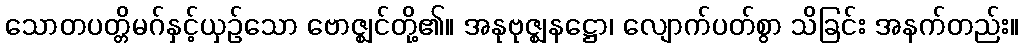
သောတပတ္တိမဂ်နှင့်ယှဉ်သော ဗောဇ္ဈင်တို့၏။ အနုဗုဇ္ဈနဋ္ဌော၊ လျောက်ပတ်စွာ သိခြင်း အနက်တည်း။